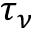
\tau _ { \nu }